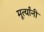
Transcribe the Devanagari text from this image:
मूर्त्यांनी